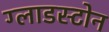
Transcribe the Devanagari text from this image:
ग्लाडस्टोन